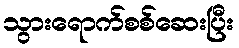
သွားရောက်စစ်ဆေးပြီး